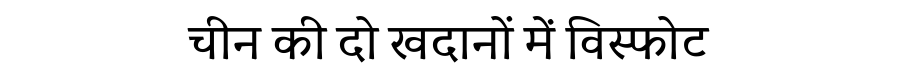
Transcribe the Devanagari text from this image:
चीन की दो खदानों में विस्फोट